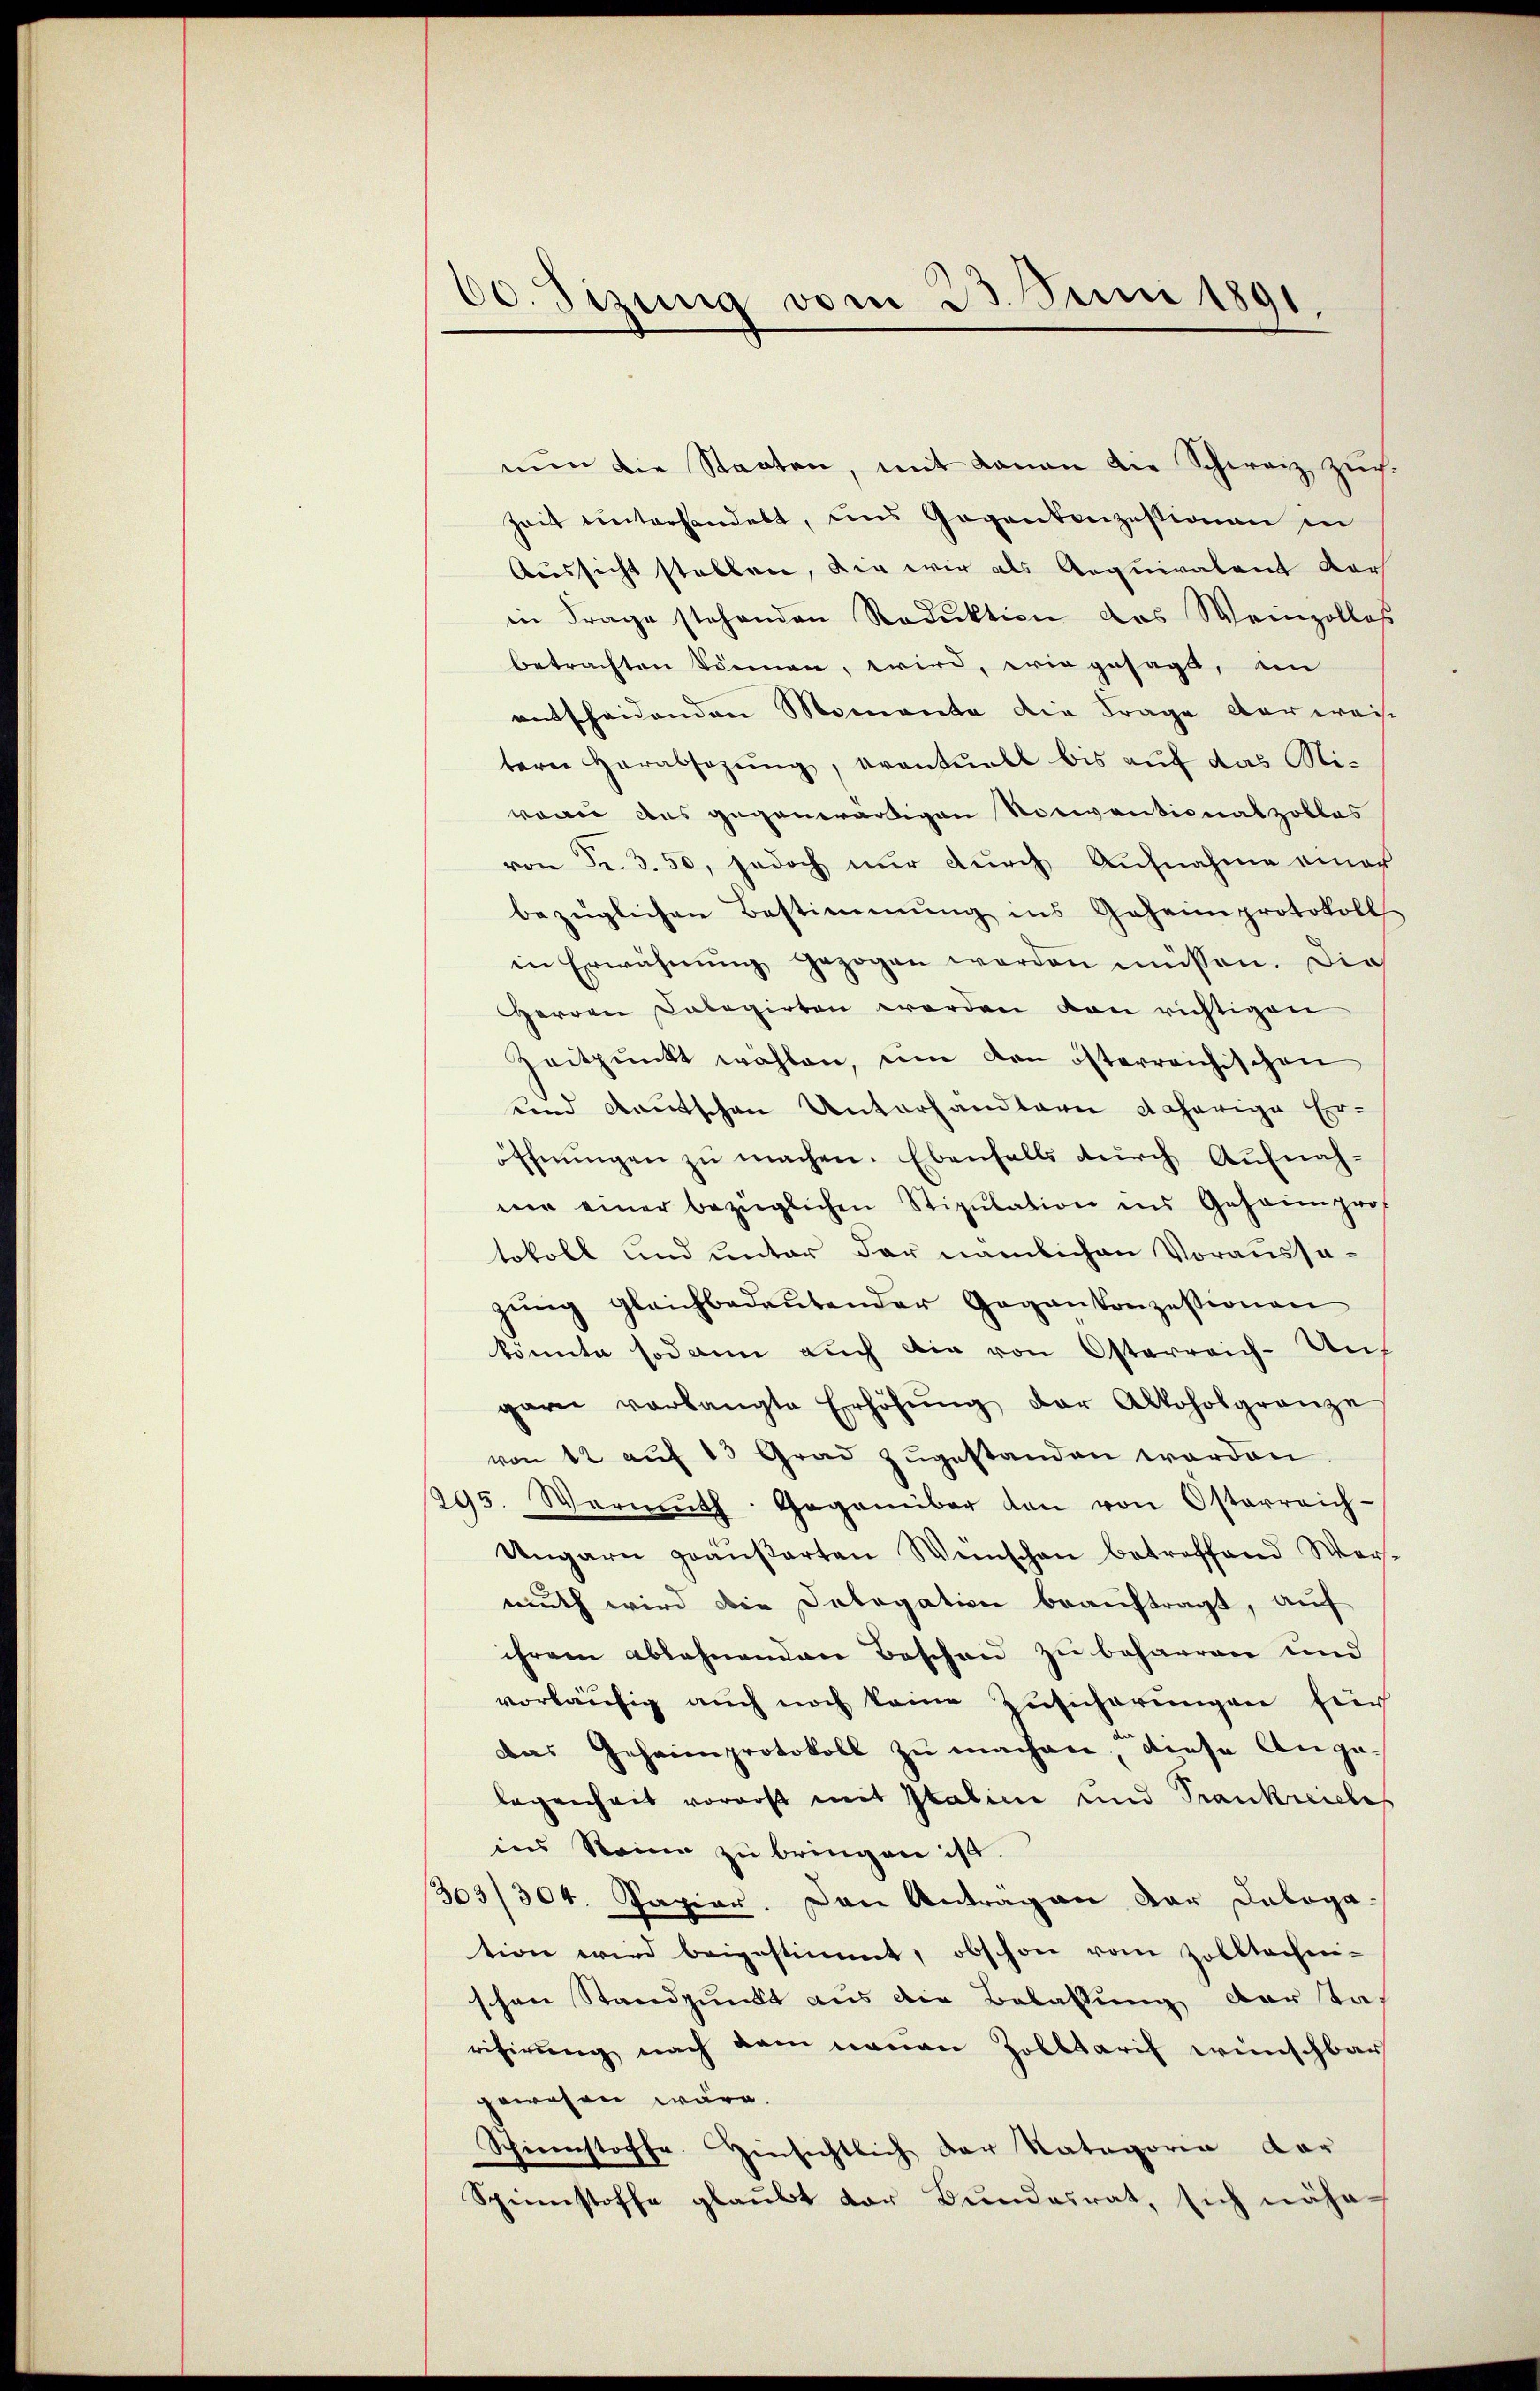
60. Sizung vom 23. Juni 1891

nŭn die Staaten, mit daran die Schweiz Zŭch-
Zeit hinterhandelt, uns Gegenkonzessionen in
Aussicht stellen, die wir als Aequivalent dar
in Frage stehenden Reduktion des Weinpollos
betrachten können, wird, wie gesagt, im
entscheidenden Momente die Frage der weis
tern herabsezŭng, eventuell bis aŭf das Miwogie aus gegenwärtigen Notiventionalzoblas
von Fr. 3. 50, jedoch nur durch Aufnahme einer
bezüglichen Bestimmung ins Geheimprotokoll
in Erwähnung gezogen werden müssen. Die
Herren Calagirten worden von richtigen
Zeitpunkt wählen, um den österreichischen
und deutschen Unterhandlern daherige Er-
öffnŭngen zŭ machen. Ebenfalls dŭrch Aufnah-
mie einer bezüglichen Stipulation ins Geheimprof
tokoll und unter der nämlichen Voraussagŭng gleichbedeŭtender Gegenkonzessionen
könnte sodann auch die von Osterreich-Ungarn verlangte Erhöhŭng der Altoholgrenze
von 12 aŭf 15 Grad zugestanden worden
995. Warmŭth. Gegenüber den von Osterreich-
Ungarn geäußerten Wünschen betreffend Wermuth wird die Delegation beauftragt, auf
ihrem ablehnenden Beschen zu beharren und
vorläufig auch noch keine Zusicherungen für
Das Geheimprotokoll zu machen, diese Ange-
legenheit vorerst mit Italine und Trankreiches
ins Steine zu bringen ist.
303/304. Papier. Dann Anträgen dar Datogation wird beigestimmt, obschon vom Zolltechnischen Standpunkt aus die Belassung darstaf
risirung nach dem neuen Zolltarif wünschbar
gewesen wäre.
Schienstoffe Hinsichtlich der Natagorie dar
Spinnstoffe glaubt der Bundesrat, sich nähe¬